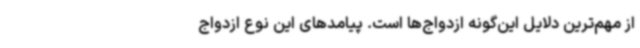
از مهم‌ترین دلایل این‌گونه ازدواج‌ها است. پیامدهای این نوع ازدواج